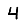
Digit: 4